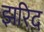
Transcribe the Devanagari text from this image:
झरिद